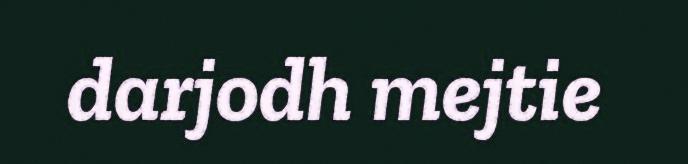
darjodh mejtie